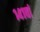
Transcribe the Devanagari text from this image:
१४१वां